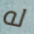
له